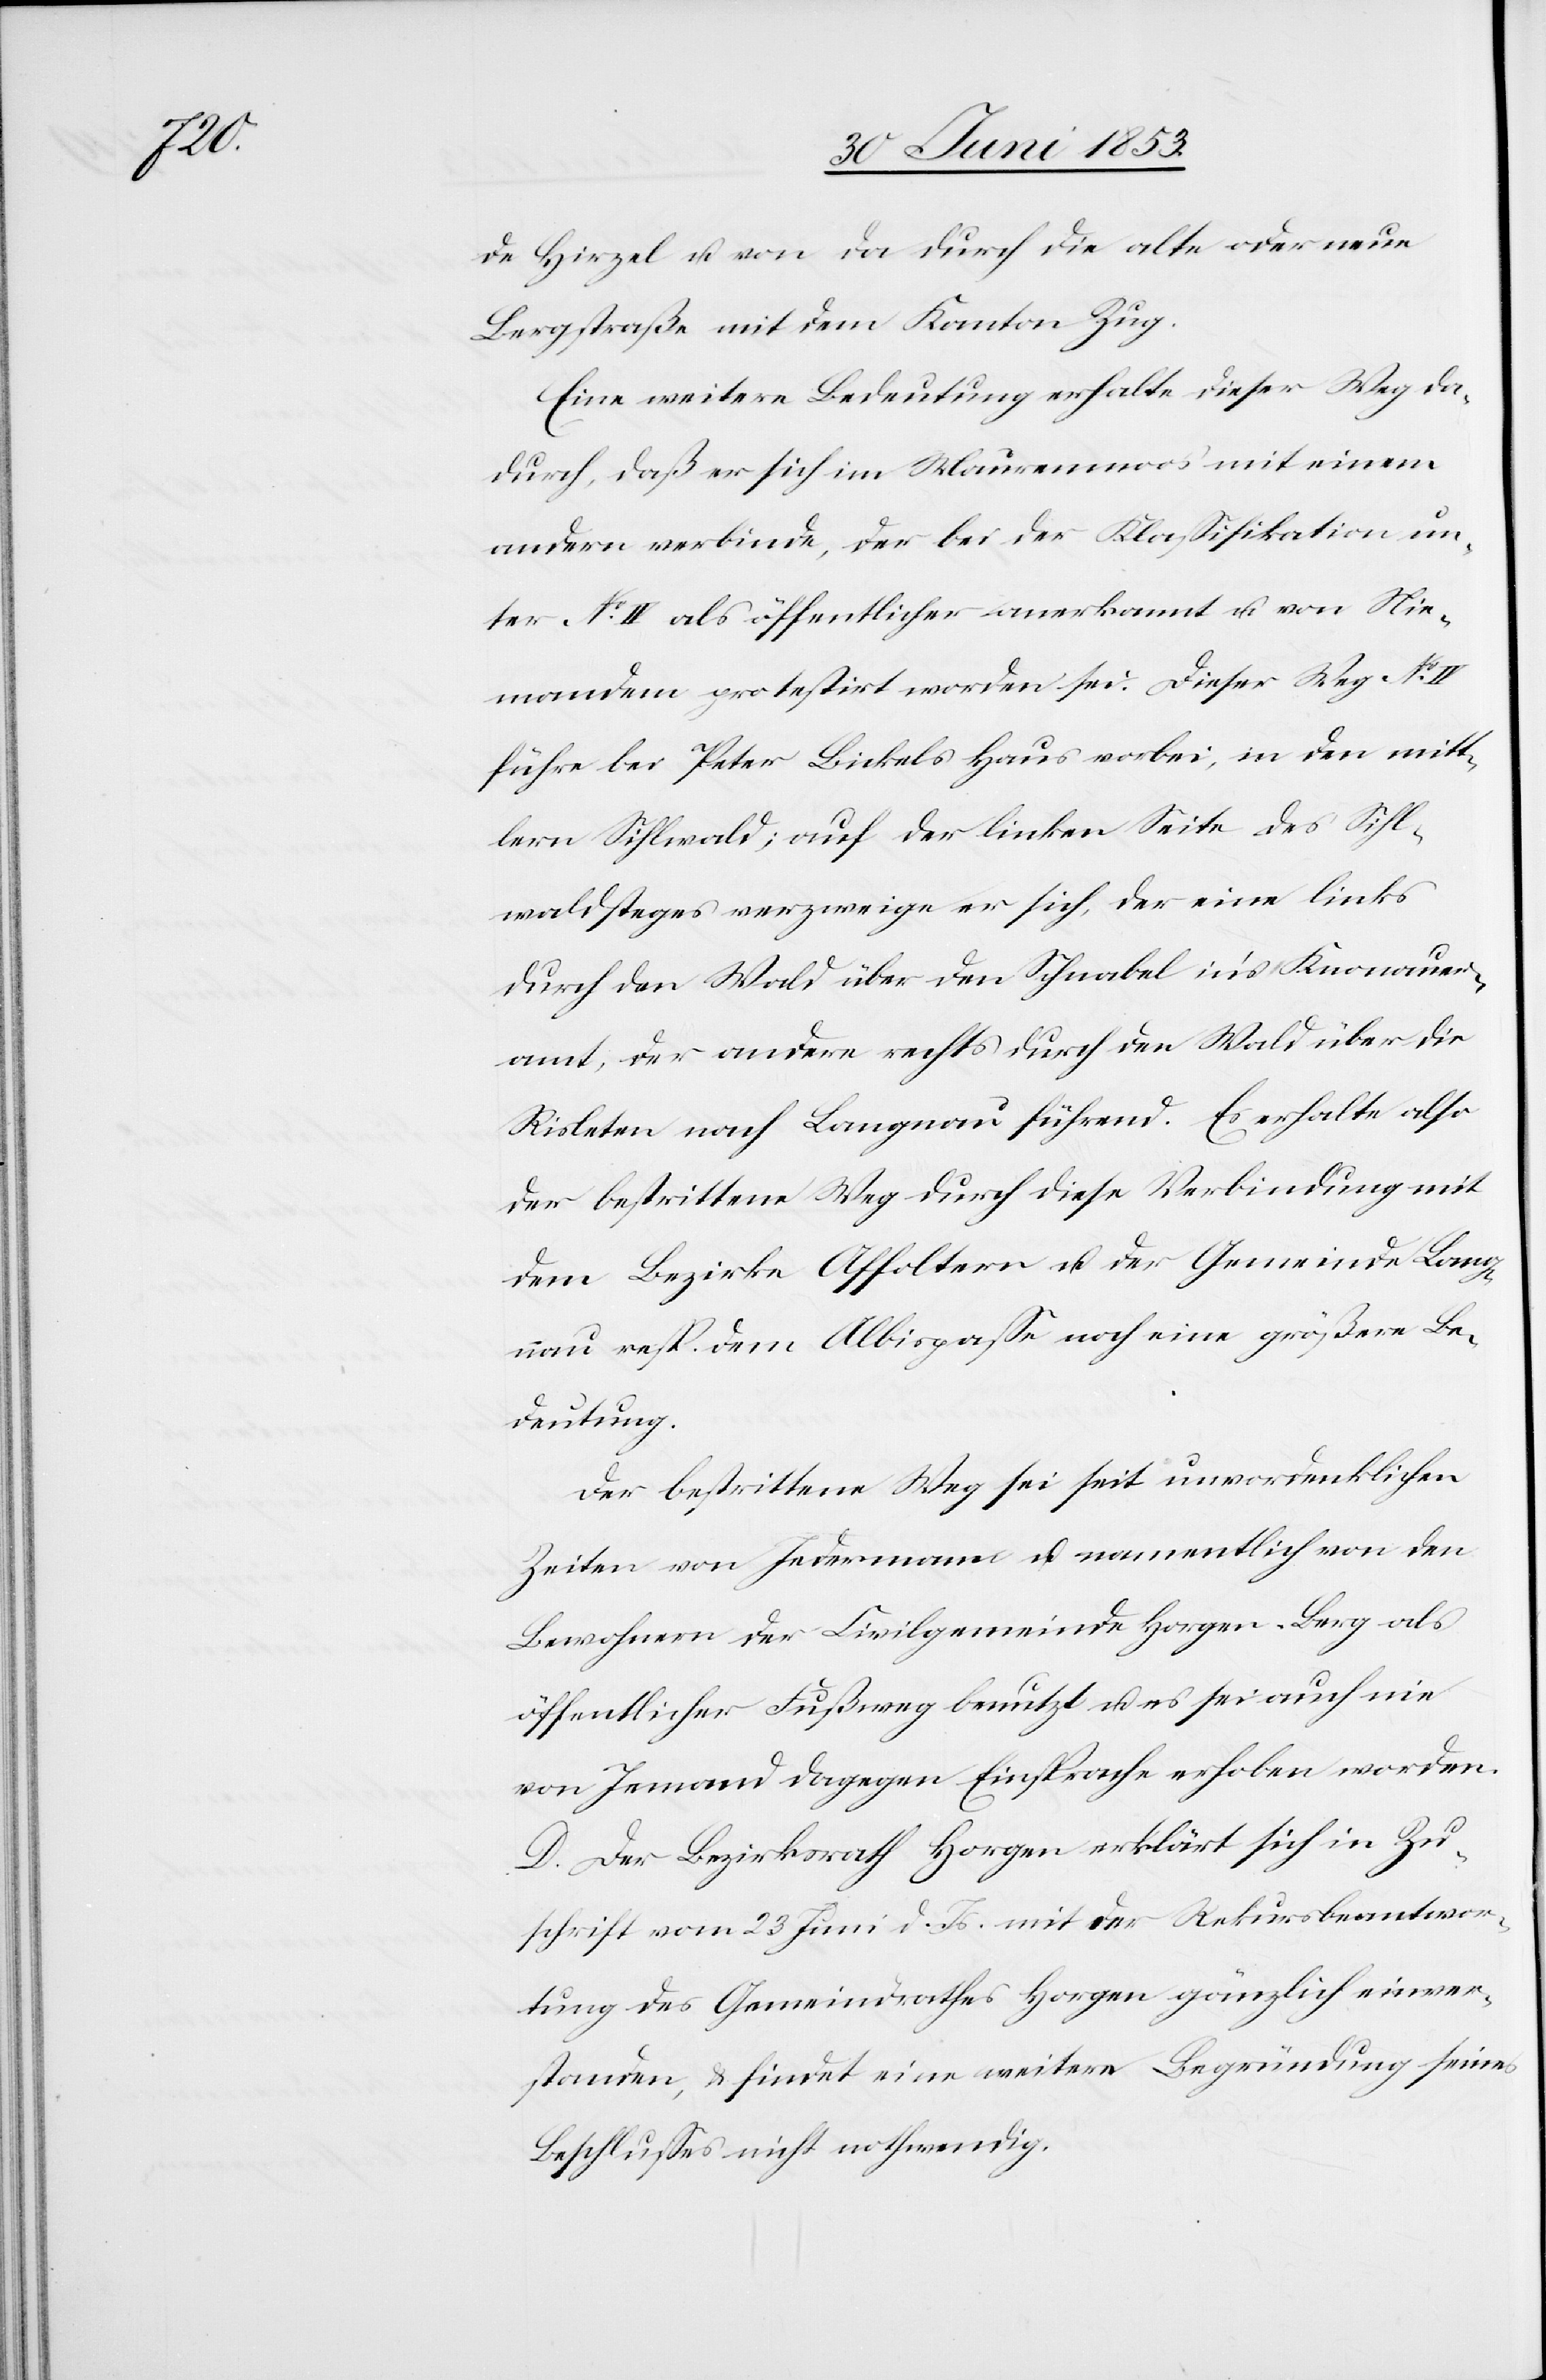
de Hirzel u. von da durch die alte oder neue
Bergstraße mit dem Kanton Zug.
Eine weitere Bedeutung erhalte dieser Weg da¬
durch, daß er sich im Maurenmoos mit einem
andern verbinde, der bei der Klaßifikation un¬
ter N° IV. als öffentlicher anerkannt u. von Nie¬
mandem protestirt worden sei. Dieser Weg N°
führe bei Peter Bickels Haus vorbei, in den mitt¬
lern Sihlwald; auf der linken Seite des Sihl¬
waldsteges verzweige er sich, der eine links
durch den Wald über den Schnabel in’s Knonauer¬
amt, der andere rechts durch den Wald über die
Risleten nach Langnau führend. Es erhalte also
der bestrittene Weg durch diese Verbindung mit
dem Bezirke Affoltern u. der Gemeinde Lang¬
nau resp. dem Albisgüetli noch eine größere Be¬
deutung.
Der bestrittene Weg sei seit unvordenklichen
Zeiten von Jedermann u. namentlich von den
Bewohnern der Civilgemeinde Horgen-Berg als
öffentlicher Fußweg benutzt u. es sei auch nie
von Jemand dagegen Einsprache erhoben worden.
D. Der Bezirksrath Horgen erklärt sich in Zu¬
schrift vom 23 Juni d. Js. mit der Rekursbeantwor¬
tung des Gemeindrathes Horgen gänzlich einver¬
standen, u. findet eine weitere Begründung seines
Beschlußes nicht nothwendig.